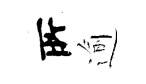
𠩄逾